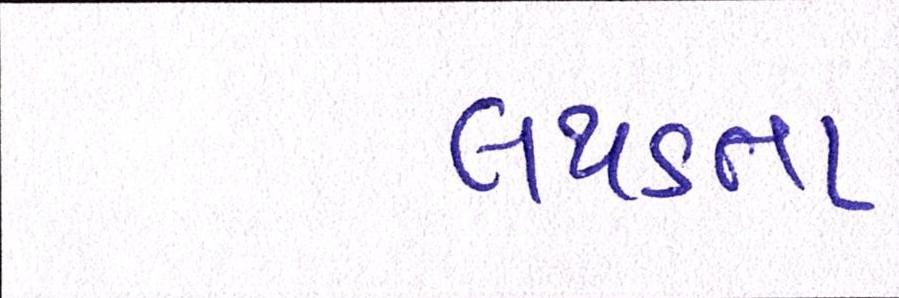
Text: લથડતા